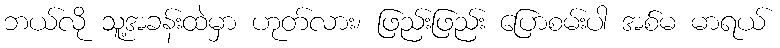
ဘယ်လို သူ့အခန်းထဲမှာ ဟုတ်လား၊ ဖြည်းဖြည်း ပြောစမ်းပါ အစ်မ မာရယ်